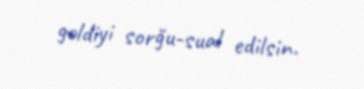
gəldiyi sorğu-sual edilsin.